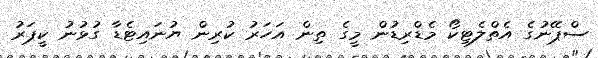
ސްޕޭނުގެ އެތްލެޓިކޯ މެޑްރިޑުން މީގެ ތިން އަހަރު ކުރިން ޔުނައިޓެޑާ ގުޅުނު ކީޕަރު